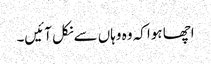
اچھا ہوا کہ وہ وہاں سےنکل آئیں۔